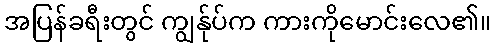
အပြန်ခရီးတွင် ကျွန်ုပ်က ကားကိုမောင်းလေ၏။